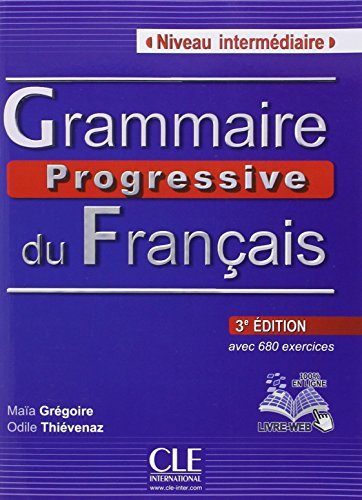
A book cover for Grammaire Progressive Du Francais - Nouvelle Edition: Livre Intermediaire 3e Edition + Cd-audio (French Edition); Gregoire; Reference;